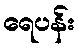
ရေပန်း